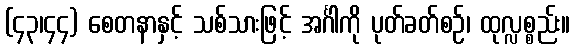
(၄၃၊၄၄) စေတနာနှင့် သစ်သားဖြင့် အင်္ဂါကို ပုတ်ခတ်စဉ်၊ ထုလ္လစ္စည်း။